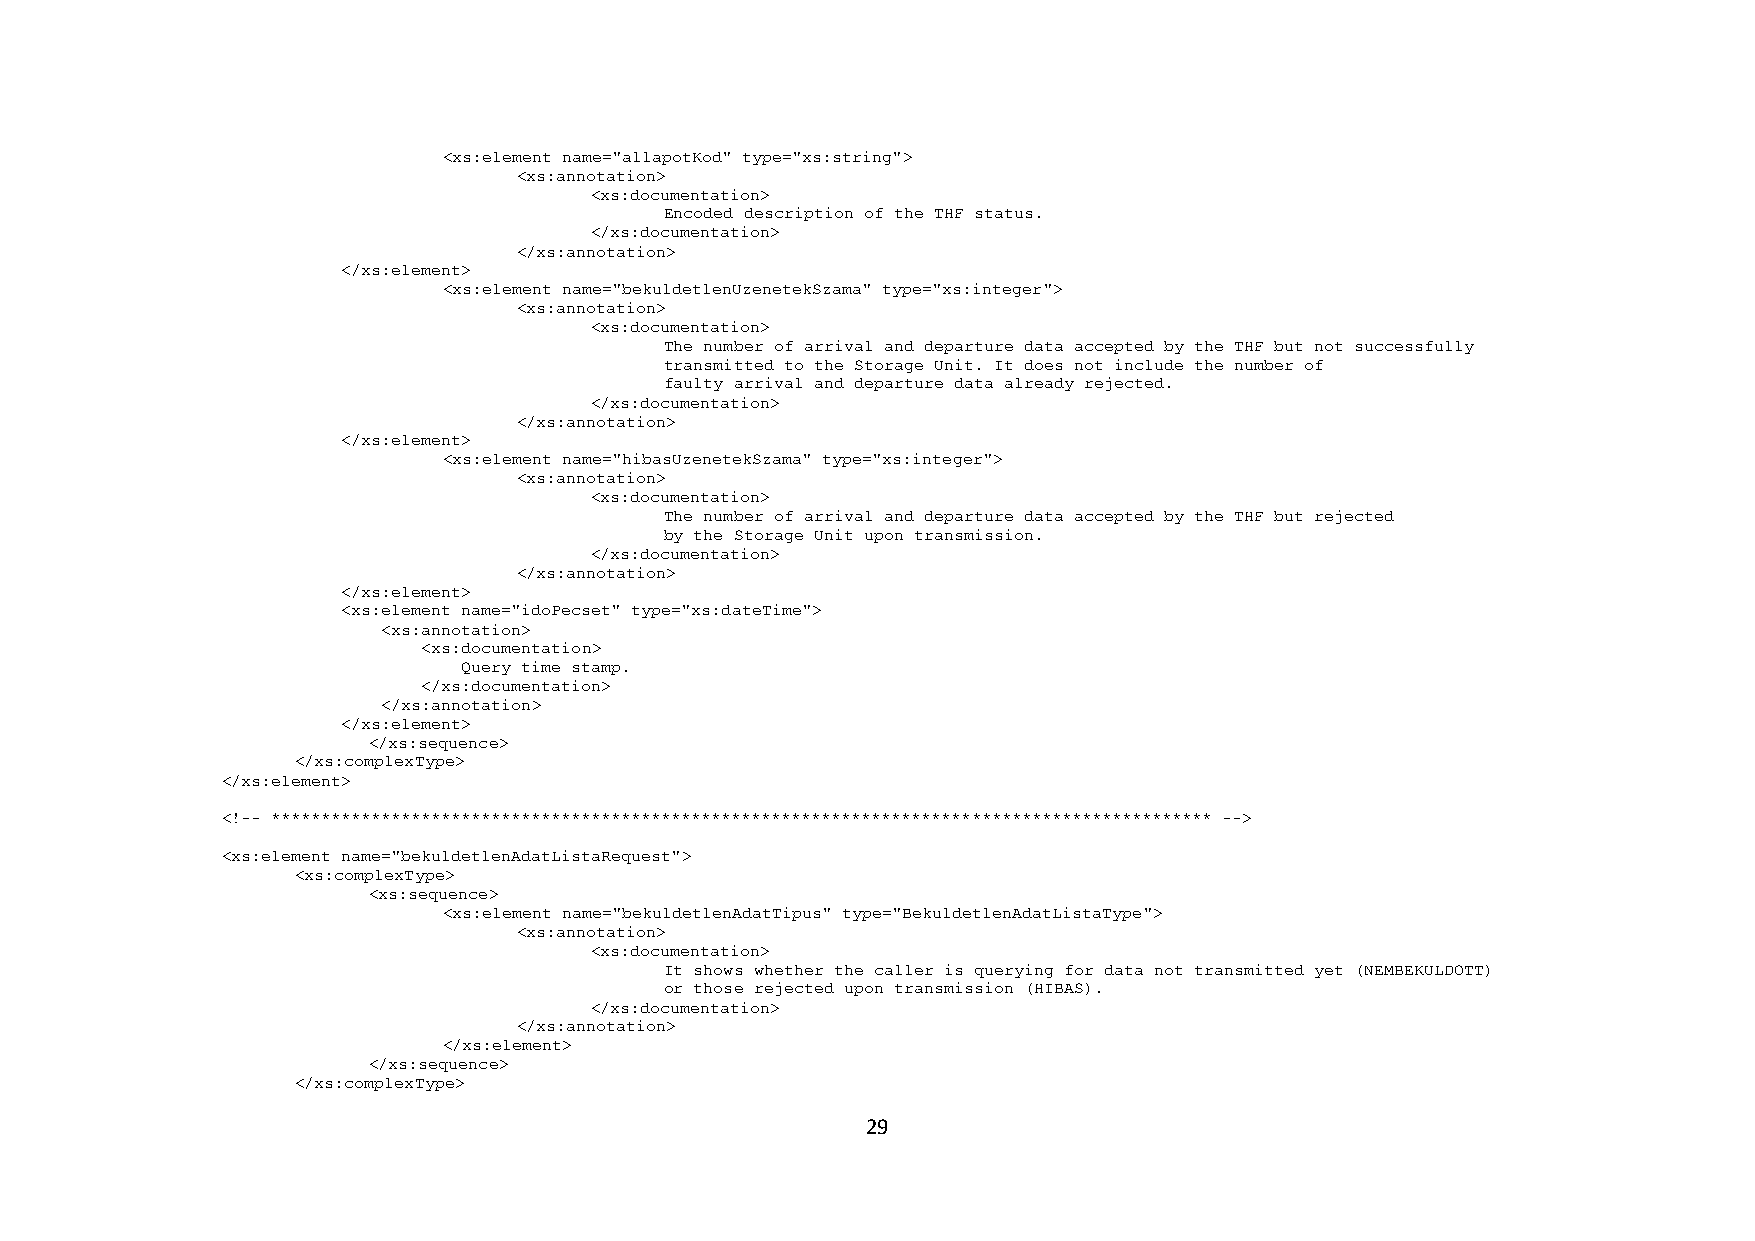
<xs:element name="allapotKod" type="xs:string">
 <xs:annotation>
 <xs:documentation>
 Encoded description of the THF status.
 </xs:documentation>
 </xs:annotation>
 </xs:element>
 <xs:element name="bekuldetlenUzenetekSzama" type="xs:integer">
 <xs:annotation>
 <xs:documentation>
 The number of arrival and departure data accepted by the THF but not successfully
 transmitted to the Storage Unit. It does not include the number of
 faulty arrival and departure data already rejected.
 </xs:documentation>
 </xs:annotation>
 </xs:element>
 <xs:element name="hibasUzenetekSzama" type="xs:integer">
 <xs:annotation>
 <xs:documentation>
 The number of arrival and departure data accepted by the THF but rejected
 by the Storage Unit upon transmission.
 </xs:documentation>
 </xs:annotation>
 </xs:element>
 <xs:element name="idoPecset" type="xs:dateTime">
 <xs:annotation>
 <xs:documentation>
 Query time stamp.
 </xs:documentation>
 </xs:annotation>
 </xs:element>
 </xs:sequence>
 </xs:complexType>
 </xs:element>
 <!-- ********************************************************************************************** -->
 <xs:element name="bekuldetlenAdatListaRequest">
 <xs:complexType>
 <xs:sequence>
 <xs:element name="bekuldetlenAdatTipus" type="BekuldetlenAdatListaType">
 <xs:annotation>
 <xs:documentation>
 It shows whether the caller is querying for data not transmitted yet (NEMBEKULDOTT)
 or those rejected upon transmission (HIBAS).
 </xs:documentation>
 </xs:annotation>
 </xs:element>
 </xs:sequence>
 </xs:complexType>
 29